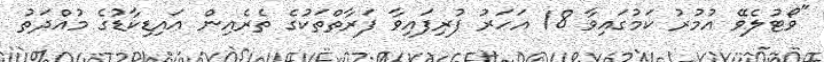
"ވޯޓުލެވޭ އުމުރު ކަމުގައިވާ 18 އަހަރު ފުރިފައިވާ ފަރާތްތަކުގެ ތެރެއިން އައިޑިކާޑުގެ މުއްދަތު